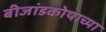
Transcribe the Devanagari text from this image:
बीजांडकोषाच्या